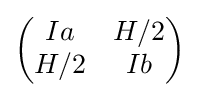
{\begin{pmatrix}Ia&H/2\\H/2&Ib\end{pmatrix}}